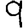
Digit: 9